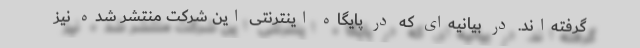
گرفته‌اند. در بیانیه‌ای که در پایگاه اینترنتی این شرکت منتشر شده نیز